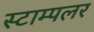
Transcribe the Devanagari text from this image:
स्टाम्पलर